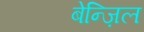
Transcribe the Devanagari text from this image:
बेन्ज़िल